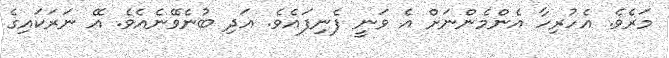
މަރެވެ. އެހުރިހާ އެންމެންނަށް އެ ވަނީ ފެނިފައެވެ. އަދި ބުނެވޭނެއެވެ. އޭ ނަރަކައިގެ